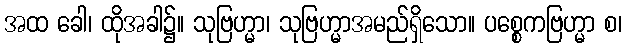
အထ ခေါ၊ ထိုအခါ၌။ သုဗြဟ္မာ၊ သုဗြဟ္မာအမည်ရှိသော။ ပစ္စေကဗြဟ္မာ စ၊